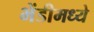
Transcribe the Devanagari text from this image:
भेंडीमध्ये